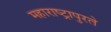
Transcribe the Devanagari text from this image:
महाराष्ट्रापुरते